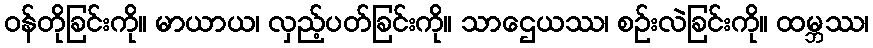
ဝန်တိုခြင်းကို။ မာယာယ၊ လှည့်ပတ်ခြင်းကို။ သာဌေယဿ၊ စဉ်းလဲခြင်းကို။ ထမ္ဘဿ၊